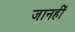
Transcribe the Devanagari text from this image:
जानहीं